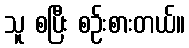
သူ စပြီး စဉ်းစားတယ်။